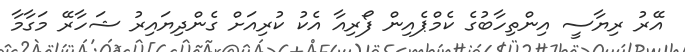
އޭރު ރިޔާސީ އިންތިހާބުގެ ކެމްޕެއިން ފޯރިއާ އެކު ކުރިއަށް ގެންދިޔައިރު ޝަހާރޭ މަގާމާ